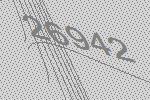
26942